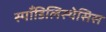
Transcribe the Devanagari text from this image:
स्पाँडिलिस्थेसिस